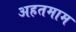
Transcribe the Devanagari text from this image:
अहतमाम